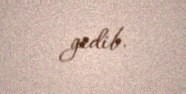
gedib.